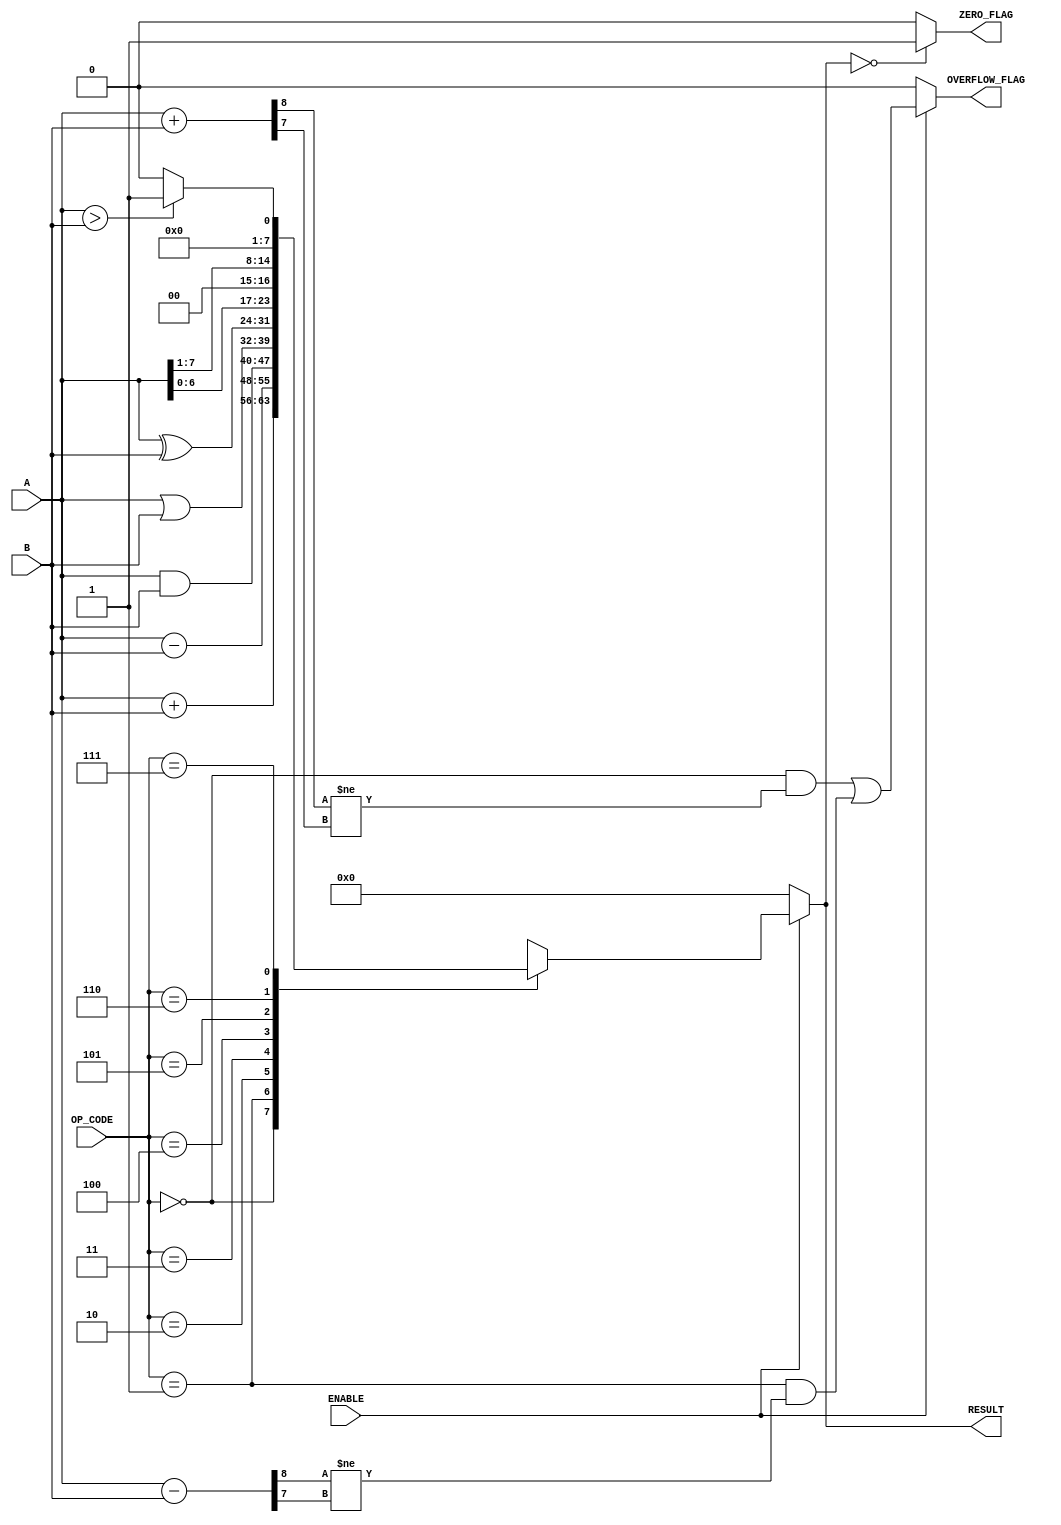
module parameterized_alu #(
    parameter DATA_WIDTH = 8,           // Width of the data
    parameter OPERATION_COUNT = 3        // Number of operations (e.g., 8 operations can be represented with 3 bits)
)(
    input  wire [DATA_WIDTH-1:0] A,     // First operand
    input  wire [DATA_WIDTH-1:0] B,     // Second operand
    input  wire [OPERATION_COUNT-1:0] OP_CODE, // Operation code
    input  wire ENABLE,                  // Enable signal
    output reg  [DATA_WIDTH-1:0] RESULT, // Result of the operation
    output reg  ZERO_FLAG,              // Zero flag
    output reg  OVERFLOW_FLAG            // Overflow flag
);

    // Internal signals for arithmetic operations
    wire [DATA_WIDTH:0] sum;            // For overflow detection in addition
    wire [DATA_WIDTH:0] diff;           // For overflow detection in subtraction

    // Combinational logic for ALU operations
    always @(*) begin
        if (ENABLE) begin
            case (OP_CODE)
                3'b000: RESULT = A + B;                     // Addition
                3'b001: RESULT = A - B;                     // Subtraction
                3'b010: RESULT = A & B;                     // Bitwise AND
                3'b011: RESULT = A | B;                     // Bitwise OR
                3'b100: RESULT = A ^ B;                     // Bitwise XOR
                3'b101: RESULT = A << 1;                    // Shift left
                3'b110: RESULT = A >> 1;                    // Shift right
                3'b111: RESULT = (A > B) ? 1 : 0;           // Greater than comparison
                default: RESULT = {DATA_WIDTH{1'b0}};       // Default case
            endcase
            
            // Overflow detection
            sum = A + B;
            diff = A - B;
            OVERFLOW_FLAG = (OP_CODE == 3'b000 && sum[DATA_WIDTH] != sum[DATA_WIDTH-1]) ||    // Addition overflow
                             (OP_CODE == 3'b001 && diff[DATA_WIDTH] != diff[DATA_WIDTH-1]);   // Subtraction overflow
        end else begin
            RESULT = {DATA_WIDTH{1'b0}};                        // Default output when not enabled
            OVERFLOW_FLAG = 1'b0;                               // Reset overflow flag
        end

        // Zero flag
        ZERO_FLAG = (RESULT == {DATA_WIDTH{1'b0}}) ? 1'b1 : 1'b0;
    end

endmodule